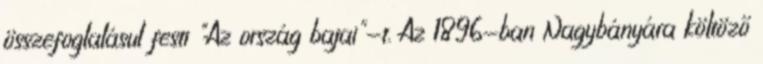
összefoglalásul festi "Az ország bajai"-t. Az 1896-ban Nagybányára költöző